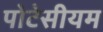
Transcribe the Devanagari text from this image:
पोटेसीयम